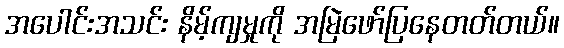
အပေါင်းအသင်း နိမ့်ကျမှုကို အမြဲဖော်ပြနေတတ်တယ်။